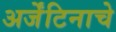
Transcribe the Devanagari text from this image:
अर्जेंटिनाचे